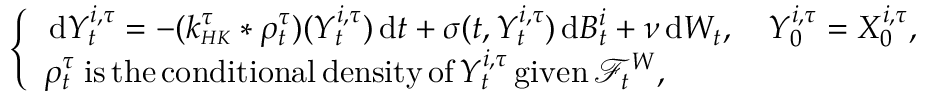
\begin{array} { r } { \left\{ \begin{array} { l l } { \, \mathrm { d } Y _ { t } ^ { i , \tau } = - ( k _ { \scriptscriptstyle { H K } } ^ { \tau } * \rho _ { t } ^ { \tau } ) ( Y _ { t } ^ { i , \tau } ) \, \mathrm { d } t + \sigma ( t , Y _ { t } ^ { i , \tau } ) \, \mathrm { d } B _ { t } ^ { i } + \nu \, \mathrm { d } W _ { t } , \quad Y _ { 0 } ^ { i , \tau } = X _ { 0 } ^ { i , \tau } , } \\ { \rho _ { t } ^ { \tau } \; \mathrm { i s \, t h e \, c o n d i t i o n a l \, d e n s i t y \, o f } \, Y _ { t } ^ { i , \tau } \, \mathrm { g i v e n } \, \mathcal { F } _ { t } ^ { W } , } \end{array} \right. } \end{array}